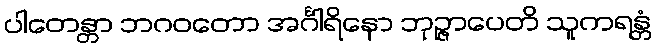
ပါတေန္တာ ဘဂဝတော အင်္ဂါရိနော ဘုဉ္ဇာပေတိ သူကရန္တံ